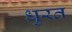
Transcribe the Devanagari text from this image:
धुरत